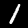
Label: 1